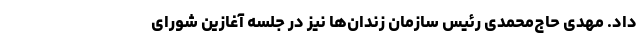
داد. مهدی حاج‌محمدی رئیس سازمان زندان‌ها نیز در جلسه آغازین شورای